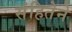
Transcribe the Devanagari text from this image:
संहितेने